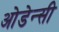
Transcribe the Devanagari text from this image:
ओडेन्सी